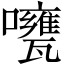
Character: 𱕫